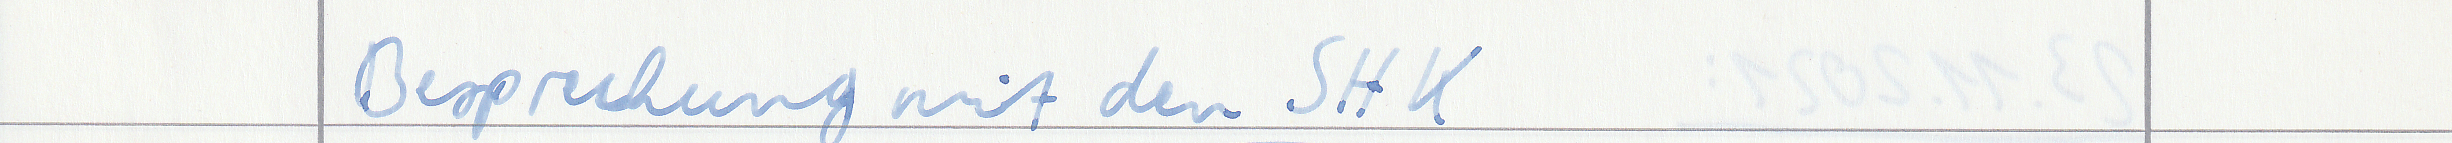
Besprechung mit den SHK